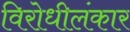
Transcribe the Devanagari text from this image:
विरोधीलंकार